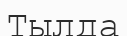
Тылда